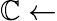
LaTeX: \mathbb{C}\leftarrow